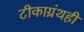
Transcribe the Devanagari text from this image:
टीकाग्रंथही